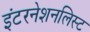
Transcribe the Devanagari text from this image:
इंटरनेशनलिस्ट